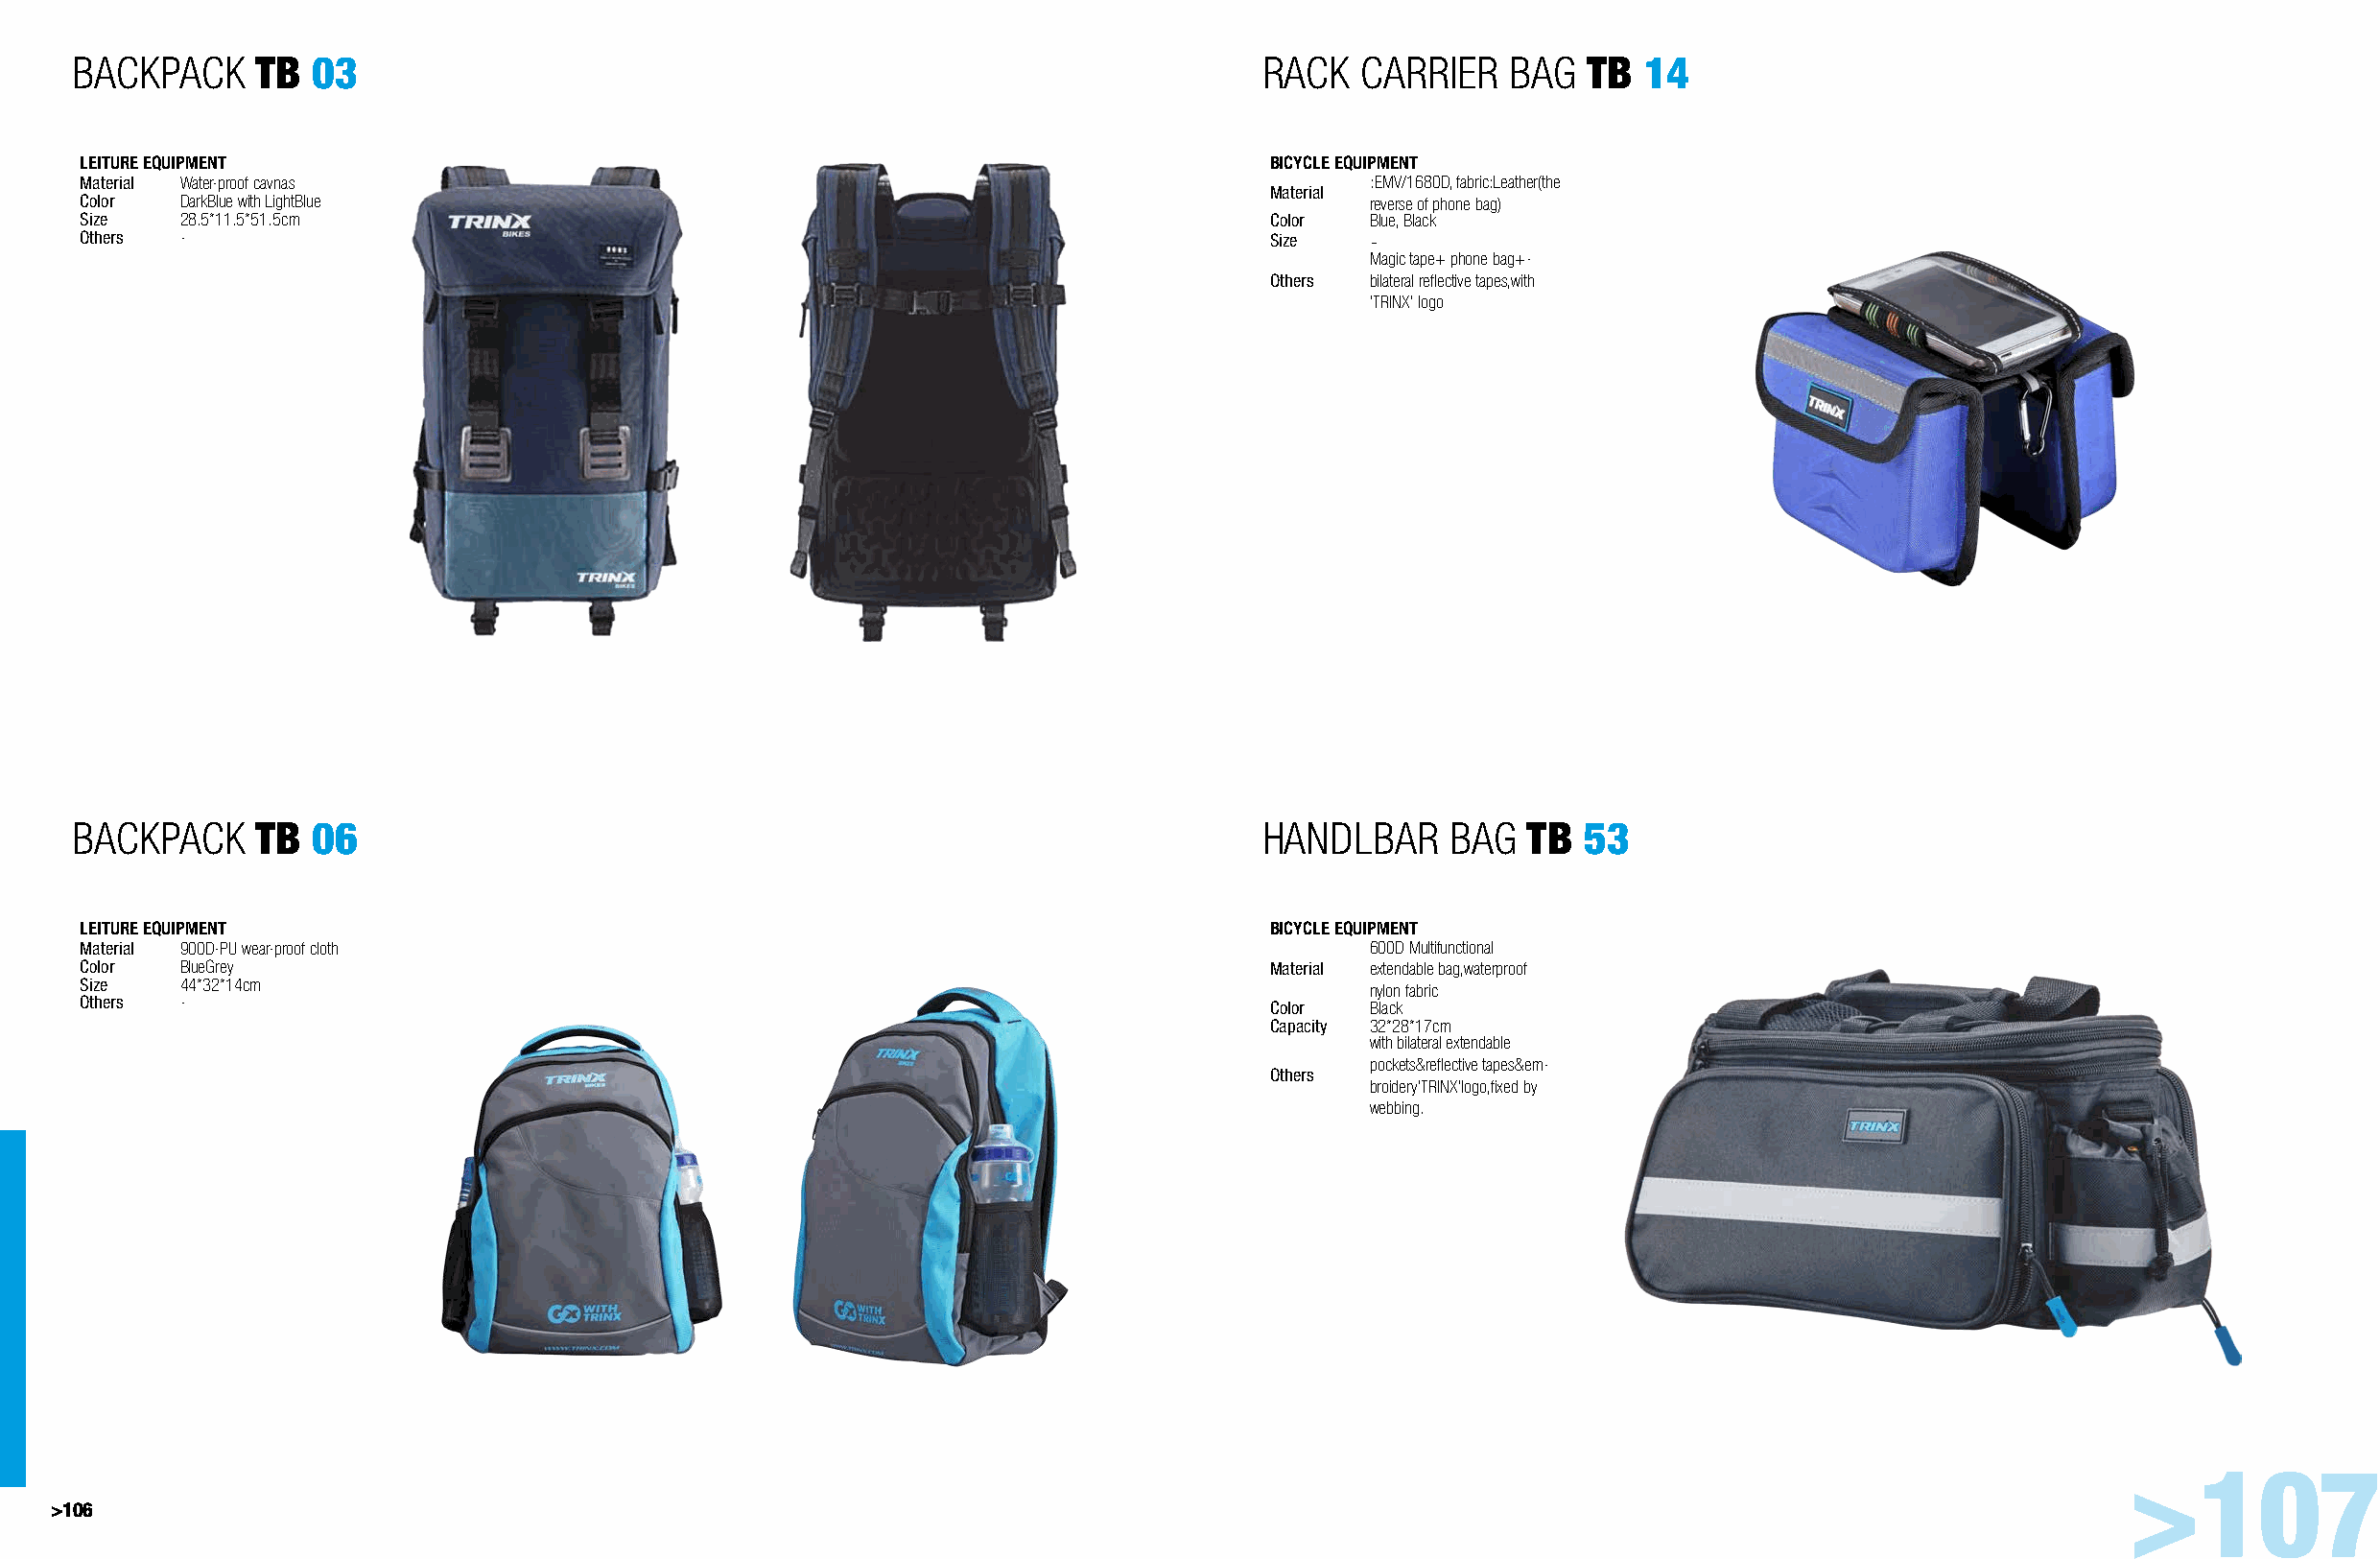
BACKPACK     TB  03                                                               RACK   CARRIER   BAG  TB  14
 LEITURE EQUIPMENT                                                                 BICYCLE EQUIPMENT
 Material Water-proof cavnas                                                              :EMV/1680D, fabric:Leather(the
 Material
 Color DarkBlue with LightBlue                                                            reverse of phone bag)
 Size  28.5*11.5*51.5cm                                                            Color  Blue, Black
 Others -                                                                          Size   -
 Magic tape+ phone bag+-
 Others bilateral reflective tapes,with
 'TRINX' logo
 BACKPACK     TB  06                                                               HANDLBAR     BAG  TB  53
 LEITURE EQUIPMENT                                                                 BICYCLE EQUIPMENT
 Material 900D-PU wear-proof cloth                                                        600D Multifunctional
 Color BlueGrey                                                                    Material extendable bag,waterproof
 Size  44*32*14cm                                                                         nylon fabric
 Others -                                                                          Color  Black
 Capacity 32*28*17cm
 with bilateral extendable
 pockets&reflective tapes&em-
 Others
 broidery'TRINX'logo,fixed by
 webbing.
 >107
 >106